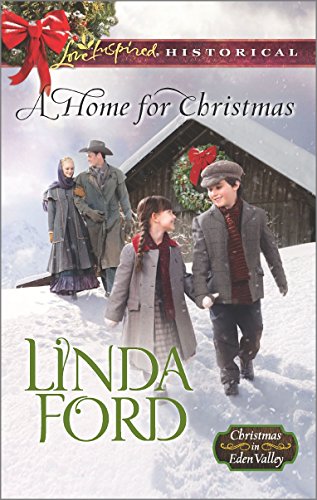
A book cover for A Home for Christmas (Christmas in Eden Valley); Linda Ford; Romance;